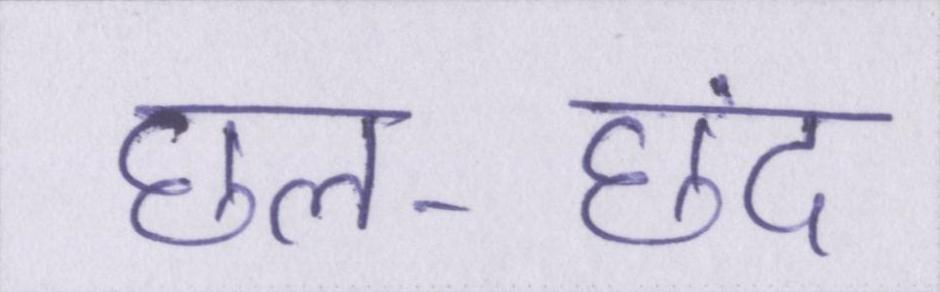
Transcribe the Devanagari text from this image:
छल-छंद